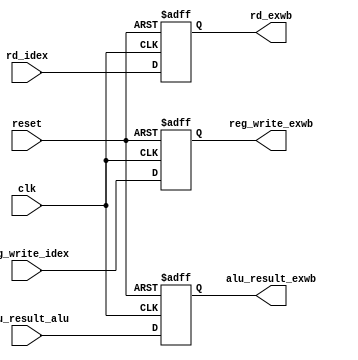
`timescale 1ns / 1ps
//////////////////////////////////////////////////////////////////////////////////
// Company: 
// Engineer: 
// 
// Design Name: 
// Module Name:    EXWBreg 
// Project Name: 
// Target Devices: 
// Tool versions: 
// Description: 
//
// Dependencies: 
//
// Revision: 
// Revision 0.01 - File Created
// Additional Comments: 
//
//////////////////////////////////////////////////////////////////////////////////
module EXWBreg(
	input reg_write_idex,
	input [31:0] alu_result_alu,
	input [4:0] rd_idex,
	input clk,
	input reset,
	output reg reg_write_exwb,
	output reg [31:0] alu_result_exwb,
	output reg [4:0] rd_exwb
);

	always@(posedge clk,negedge reset)
		begin
		if(reset == 0)
			begin
			reg_write_exwb = 0;
			alu_result_exwb = 32'b0;
			rd_exwb = 32'b0;
			end
		else begin
			reg_write_exwb = reg_write_idex;
			alu_result_exwb = alu_result_alu;
			rd_exwb = rd_idex;
		end
		end

endmodule